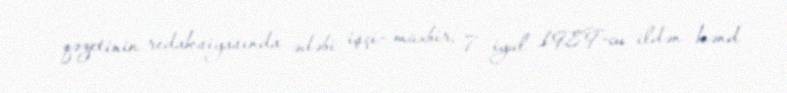
qəzetinin redaksiyasında ədəbi işçi- müxbir, 7 iyul 1989-cu ildən kənd